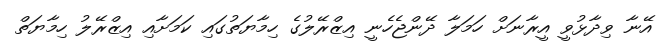
އޭނާ ވިދާޅުވީ އީރާނަށް ހަމަލާ ދޭންޖެހެނީ އިޒްރޭލުގެ ހިމާޔަތުގައި ކަމަށާއި އިޒްރޭލު ހިމާޔަތް